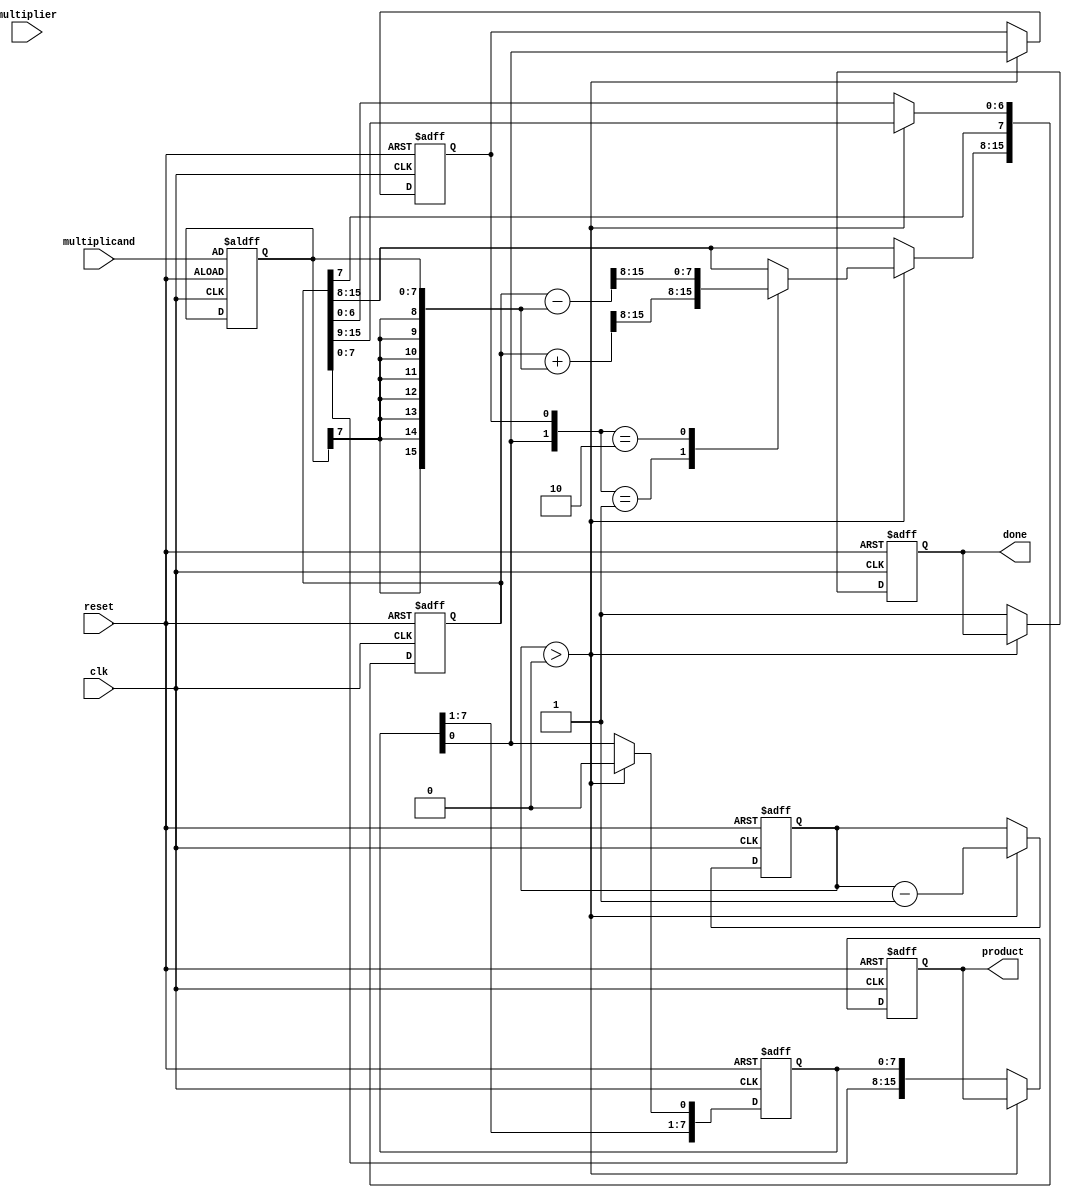
module booth_multiplier #(parameter N = 8) (
    input wire clk,
    input wire reset,
    input wire signed [N-1:0] multiplicand,
    input wire signed [N-1:0] multiplier,
    output reg signed [2*N-1:0] product,
    output reg done
);

    reg signed [N-1:0] M; // Multiplicand
    reg signed [N-1:0] Q; // Multiplier
    reg signed [2*N-1:0] A; // Accumulator
    reg Q_minus_1; // Previous bit
    reg [3:0] count; // Iteration counter

    // State for determining operation based on Booth's algorithm
    always @(posedge clk or posedge reset) begin
        if (reset) begin
            A <= 0;
            Q <= 0;
            Q_minus_1 <= 0;
            M <= multiplicand;
            product <= 0;
            count <= N;
            done <= 0;
        end else if (count > 0) begin
            case ({Q[0], Q_minus_1})
                2'b00: begin
                    // No operation
                end
                2'b01: begin
                    // A = A + M
                    A <= A + { {N{M[N-1]}}, M }; // sign extend M to match A
                end
                2'b10: begin
                    // A = A - M
                    A <= A - { {N{M[N-1]}}, M }; // sign extend M to match A
                end
                2'b11: begin
                    // No operation
                end
            endcase
            
            // Arithmetic right shift of (A, Q)
            {A[N-1:0], Q} <= {A[N-1], A[2*N-1:N], Q[N-1:1]};
            Q_minus_1 <= Q[0]; // Update Q_minus_1
            Q <= {Q[N-1:1], 1'b0}; // Shift Q
            
            // Decrease count
            count <= count - 1;
        end else begin
            product <= {A, Q}; // Combine A and Q for final product
            done <= 1; // Indicate completion of multiplication
        end
    end

endmodule